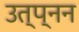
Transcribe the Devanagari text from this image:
उत्प्नन